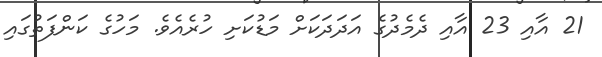
21 އާއި 23 އާއި ދެމެދުގެ އަދަދަކަށް މަޑުކަށި ހުރެއެވެ. މަހުގެ ކަންފަތުގައި